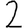
Digit: 2